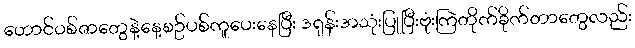
ဟောင်ဝစ်ဇာတွေနဲ့နေ့စဥ်ပစ်ကူပေးနေပြီး ဒရုန်းအသုံးပြုပြီးဗုံးကြဲတိုက်ခိုက်တာတွေလည်း